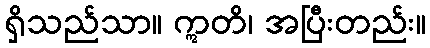
ရှိသည်သာ။ ဣတိ၊ အပြီးတည်း။